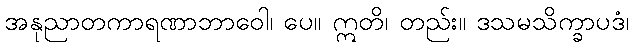
အနုညာတကာရဏာဘာဝေါ၊ ပေ။ ဣတိ၊ တည်း။ ဒသမသိက္ခာပဒံ၊